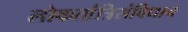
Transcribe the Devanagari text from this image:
लोकतांत्रिसंविधान